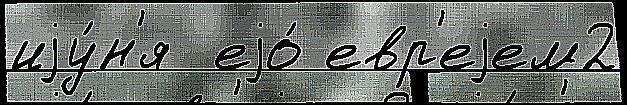
иjу́н'я  еjо́ евр'еjем2